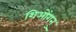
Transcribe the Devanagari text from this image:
शिओंगनु